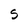
Character: S